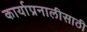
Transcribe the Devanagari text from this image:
कार्याप्रनालीसाठी